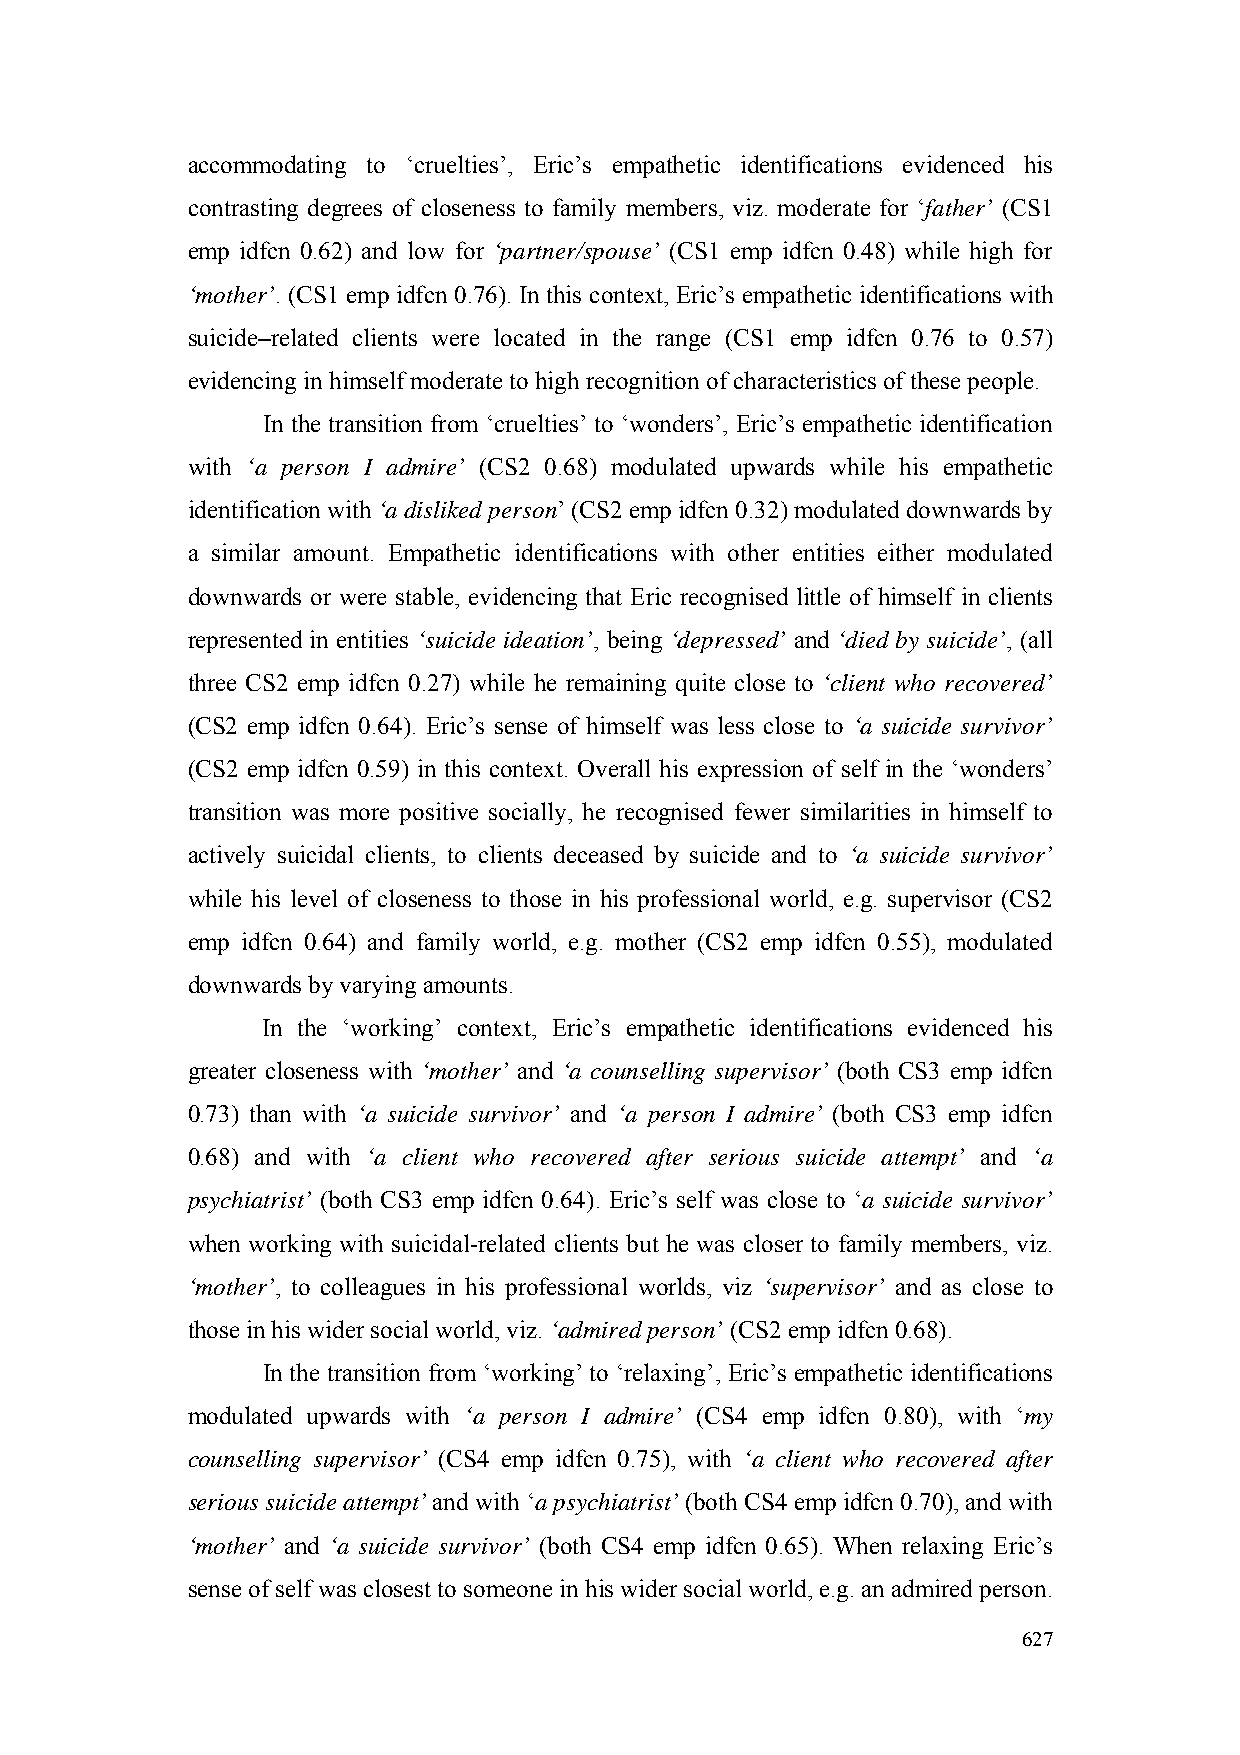
accommodating to ‘cruelties’, Eric’s empathetic identifications evidenced his
 contrasting degrees of closeness to family members, viz. moderate for ‘father’ (CS1
 emp idfcn 0.62) and low for ‘partner/spouse’ (CS1 emp idfcn 0.48) while high for
 ‘mother’. (CS1 emp idfcn 0.76). In this context, Eric’s empathetic identifications with
 suicide–related clients were located in the range (CS1 emp idfcn 0.76 to 0.57)
 evidencing in himself moderate to high recognition of characteristics of these people.
 In the transition from ‘cruelties’ to ‘wonders’, Eric’s empathetic identification
 with ‘a person I admire’ (CS2 0.68) modulated upwards while his empathetic
 identification with ‘a disliked person’ (CS2 emp idfcn 0.32) modulated downwards by
 a similar amount. Empathetic identifications with other entities either modulated
 downwards or were stable, evidencing that Eric recognised little of himself in clients
 represented in entities ‘suicide ideation’, being ‘depressed’ and ‘died by suicide’, (all
 three CS2 emp idfcn 0.27) while he remaining quite close to ‘client who recovered’
 (CS2 emp idfcn 0.64). Eric’s sense of himself was less close to ‘a suicide survivor’
 (CS2 emp idfcn 0.59) in this context. Overall his expression of self in the ‘wonders’
 transition was more positive socially, he recognised fewer similarities in himself to
 actively suicidal clients, to clients deceased by suicide and to ‘a suicide survivor’
 while his level of closeness to those in his professional world, e.g. supervisor (CS2
 emp idfcn 0.64) and family world, e.g. mother (CS2 emp idfcn 0.55), modulated
 downwards by varying amounts.
 In the ‘working’ context, Eric’s empathetic identifications evidenced his
 greater closeness with ‘mother’ and ‘a counselling supervisor’ (both CS3 emp idfcn
 0.73) than with ‘a suicide survivor’ and ‘a person I admire’ (both CS3 emp idfcn
 0.68) and with ‘a client who recovered after serious suicide attempt’ and ‘a
 psychiatrist’ (both CS3 emp idfcn 0.64). Eric’s self was close to ‘a suicide survivor’
 when working with suicidal-related clients but he was closer to family members, viz.
 ‘mother’, to colleagues in his professional worlds, viz ‘supervisor’ and as close to
 those in his wider social world, viz. ‘admired person’ (CS2 emp idfcn 0.68).
 In the transition from ‘working’ to ‘relaxing’, Eric’s empathetic identifications
 modulated upwards with ‘a person I admire’ (CS4 emp idfcn 0.80), with ‘my
 counselling supervisor’ (CS4 emp idfcn 0.75), with ‘a client who recovered after
 serious suicide attempt’ and with ‘a psychiatrist’ (both CS4 emp idfcn 0.70), and with
 ‘mother’ and ‘a suicide survivor’ (both CS4 emp idfcn 0.65). When relaxing Eric’s
 sense of self was closest to someone in his wider social world, e.g. an admired person.
 627